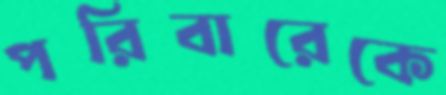
পরিবারেকে